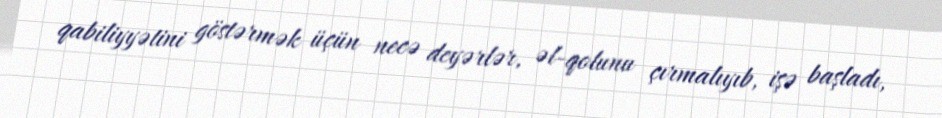
qabiliyyətini göstərmək üçün necə deyərlər, əl-qolunu çırmalıyıb, işə başladı,